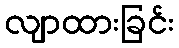
လျာထားခြင်း